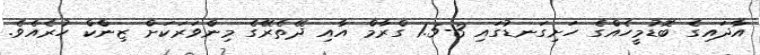
އާދައިގެ ބޮޑުމީހެއްގެ ހަށިގަނޑުގައި 3-1.5 ގްރާމް އާއި ދޭތެރޭގެ މިންވަރަކަށް ޒިންކް ހުރެއެވެ.